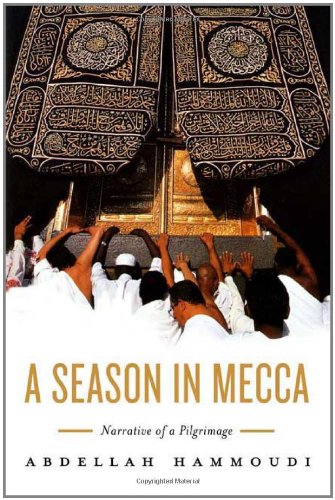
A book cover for A Season in Mecca: Narrative of a Pilgrimage; Abdellah Hammoudi; Religion & Spirituality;